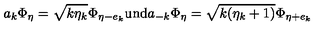
a _ { k } \Phi _ { \eta } = \sqrt { k \eta _ { k } } \Phi _ { \eta - e _ { k } } \mathrm { u n d } a _ { - k } \Phi _ { \eta } = \sqrt { k ( \eta _ { k } + 1 ) } \Phi _ { \eta + e _ { k } }